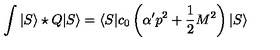
\int | S \rangle \star Q | S \rangle = \langle S | c _ { 0 } \left( \alpha ^ { \prime } p ^ { 2 } + \frac { 1 } { 2 } M ^ { 2 } \right) | S \rangle